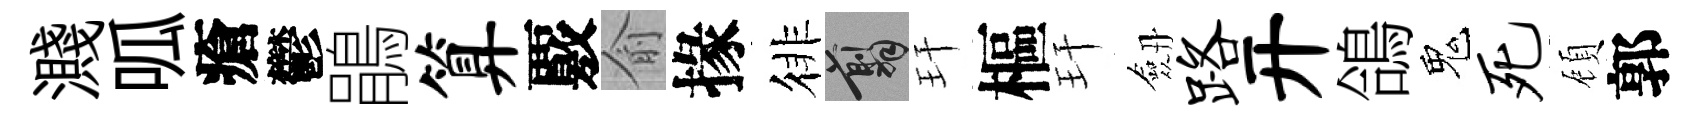
濺呱瘡鬱鵑算覈俞掾徘翦玕樞玕劔路开鴿鬼死頋郭